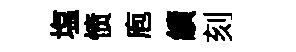
塩愤庖績刻